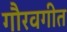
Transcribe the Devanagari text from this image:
गौरवगीत